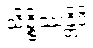
သိဉ္စိဿန္တိပိ